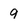
Character: 9